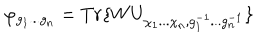
LaTeX: \varphi _ { g _ { 1 } . . . g _ { n } } = T r \{ W U _ { \chi _ { 1 } . . . \chi _ { n } , g _ { 1 } ^ { - 1 } . . . g _ { n } ^ { - 1 } } \}